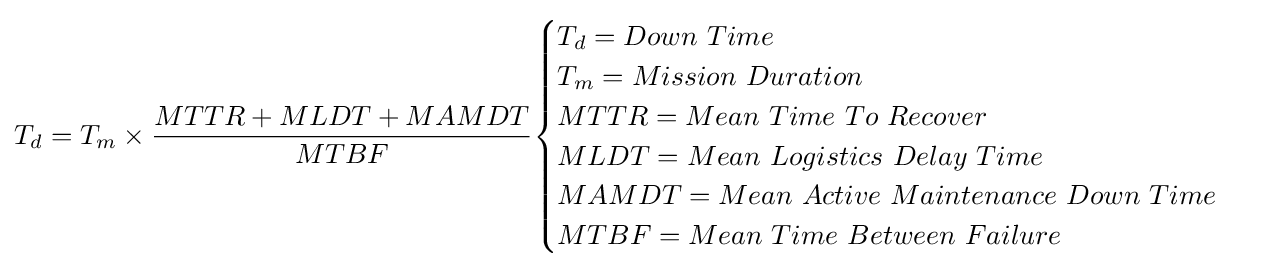
T_{d}=T_{m}\times {\frac {MTTR+MLDT+MAMDT}{MTBF}}{\begin{cases}T_{d}=Down\ Time\\T_{m}=Mission\ Duration\\MTTR=Mean\ Time\ To\ Recover\\MLDT=Mean\ Logistics\ Delay\ Time\\MAMDT=Mean\ Active\ Maintenance\ Down\ Time\\MTBF=Mean\ Time\ Between\ Failure\end{cases}}